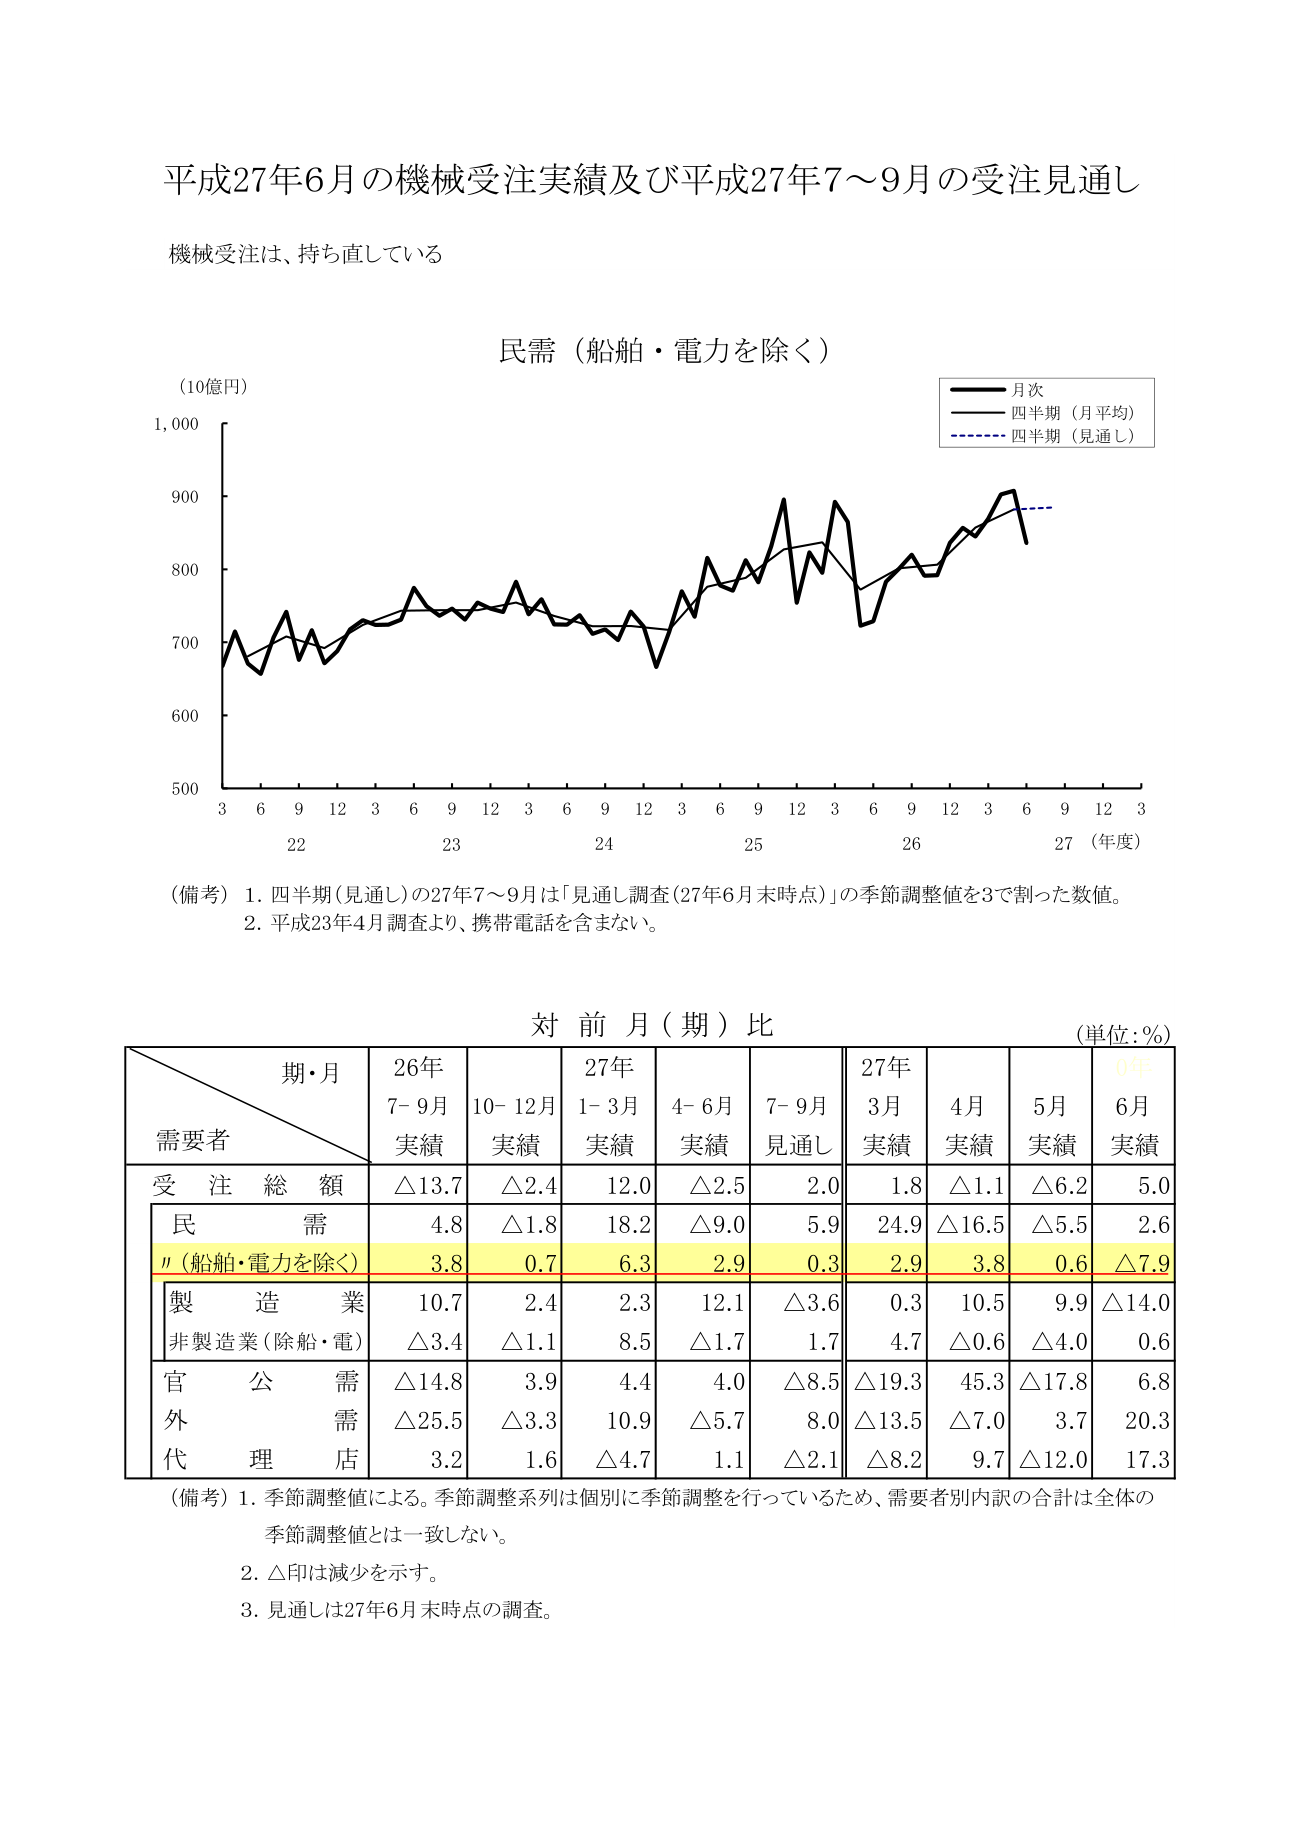
平成27年6月の機械受注実績及び平成27年7～9月の受注見通し

機械受注は、持ち直している

民需（船舶・電力を除く）

（10億円）

月次
四半期（月平均）
四半期（見通し）

500
600
700
800
900
1,000

3 6 9 12 3 6 9 12 3 6 9 12 3 6 9 12 3 6 9 12 3
22 23 24 25 26 27（年度）

（備考）1. 四半期（見通し）の27年7～9月は「見通し調査（27年6月末時点）」の季節調整値を3で割った数値。
2. 平成23年4月調査より、携帯電話を含まない。

対前月（期）比

（単位：%）

期・月
需要者
26年
7-9月
実績
10-12月
実績
27年
1-3月
実績
4-6月
実績
7-9月
見通し
27年
3月
実績
4月
実績
5月
実績
6月
実績

受注総額
△13.7
△2.4
12.0
△2.5
2.0
1.8
△1.1
△6.2
5.0

民需
4.8
△1.8
18.2
△9.0
5.9
24.9
△16.5
△5.5
2.6

〃（船舶・電力を除く）
3.8
0.7
6.3
2.9
0.3
2.9
3.8
0.6
△7.9

製造業
10.7
2.4
2.3
12.1
△3.6
0.3
10.5
9.9
△14.0

非製造業（除船・電）
△3.4
△1.1
8.5
△1.7
1.7
4.7
△0.6
△4.0
0.6

官公需
△14.8
3.9
4.4
4.0
△8.5
△19.3
45.3
△17.8
6.8

外需
△25.5
△3.3
10.9
△5.7
8.0
△13.5
△7.0
3.7
20.3

代理店
3.2
1.6
△4.7
1.1
△2.1
△8.2
9.7
△12.0
17.3

（備考）1. 季節調整値による。季節調整系列は個別に季節調整を行っているため、需要者別内訳の合計は全体の季節調整値とは一致しない。
2. △印は減少を示す。
3. 見通しは27年6月末時点の調査。